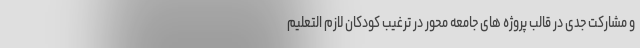
و مشارکت جدی در قالب پروژه های جامعه محور در ترغیب کودکان لازم التعلیم